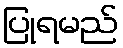
ပြုရမည်